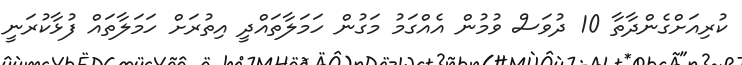
ކުރިއަށްގެންދާތާ 10 ދުވަސް ވުމުން އެއްގަމު މަގުން ހަމަލާތައްދީ އިތުރަށް ހަމަލާތައް ފުޅާކުރަނީ